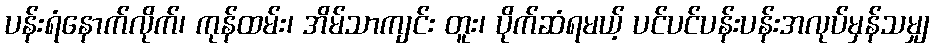
ပန်းရံနောက်လိုက်၊ ကုန်ထမ်း၊ အိမ်သာကျင်း တူး၊ ပိုက်ဆံရမယ့် ပင်ပင်ပန်းပန်းအလုပ်မှန်သမျှ